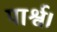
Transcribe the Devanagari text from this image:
पार्श्व।